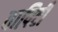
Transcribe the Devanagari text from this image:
वापिटी